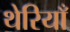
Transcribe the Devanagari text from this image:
थेरियाँ